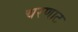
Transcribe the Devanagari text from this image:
चरणाट